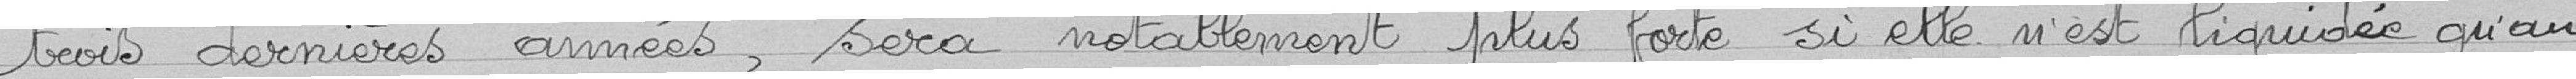
trois dernières années, sera notablement plus forte si elle n'est liquidée qu'au